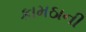
કામઠાની